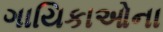
ગાયિકાઓના